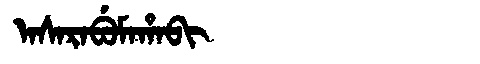
Manchu: ᠠᠰᠠᡵᠠᠪᡠᠮᠠᡥᠠᠪᡳ
Romanization: ASARABUMAHABI